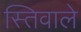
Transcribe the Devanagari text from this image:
स्तिवाले